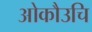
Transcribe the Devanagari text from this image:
ओकौउचि